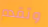
وتقدم